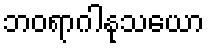
ဘဝရာဂါနုသယော